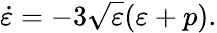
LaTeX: \dot{\varepsilon}=-3\sqrt{\varepsilon}(\varepsilon+p).